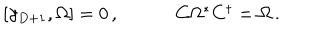
\begin{array} { c c } { { [ \gamma _ { D + 1 } , \Omega ] = 0 \, , ~ } } & { { ~ C \Omega ^ { \ast } C ^ { \dagger } = \Omega \, . } } \\ \end{array}